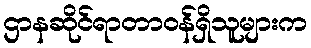
ဌာနဆိုင်ရာတာဝန်ရှိသူများက